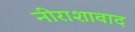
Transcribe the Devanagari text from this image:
नीराशावाद